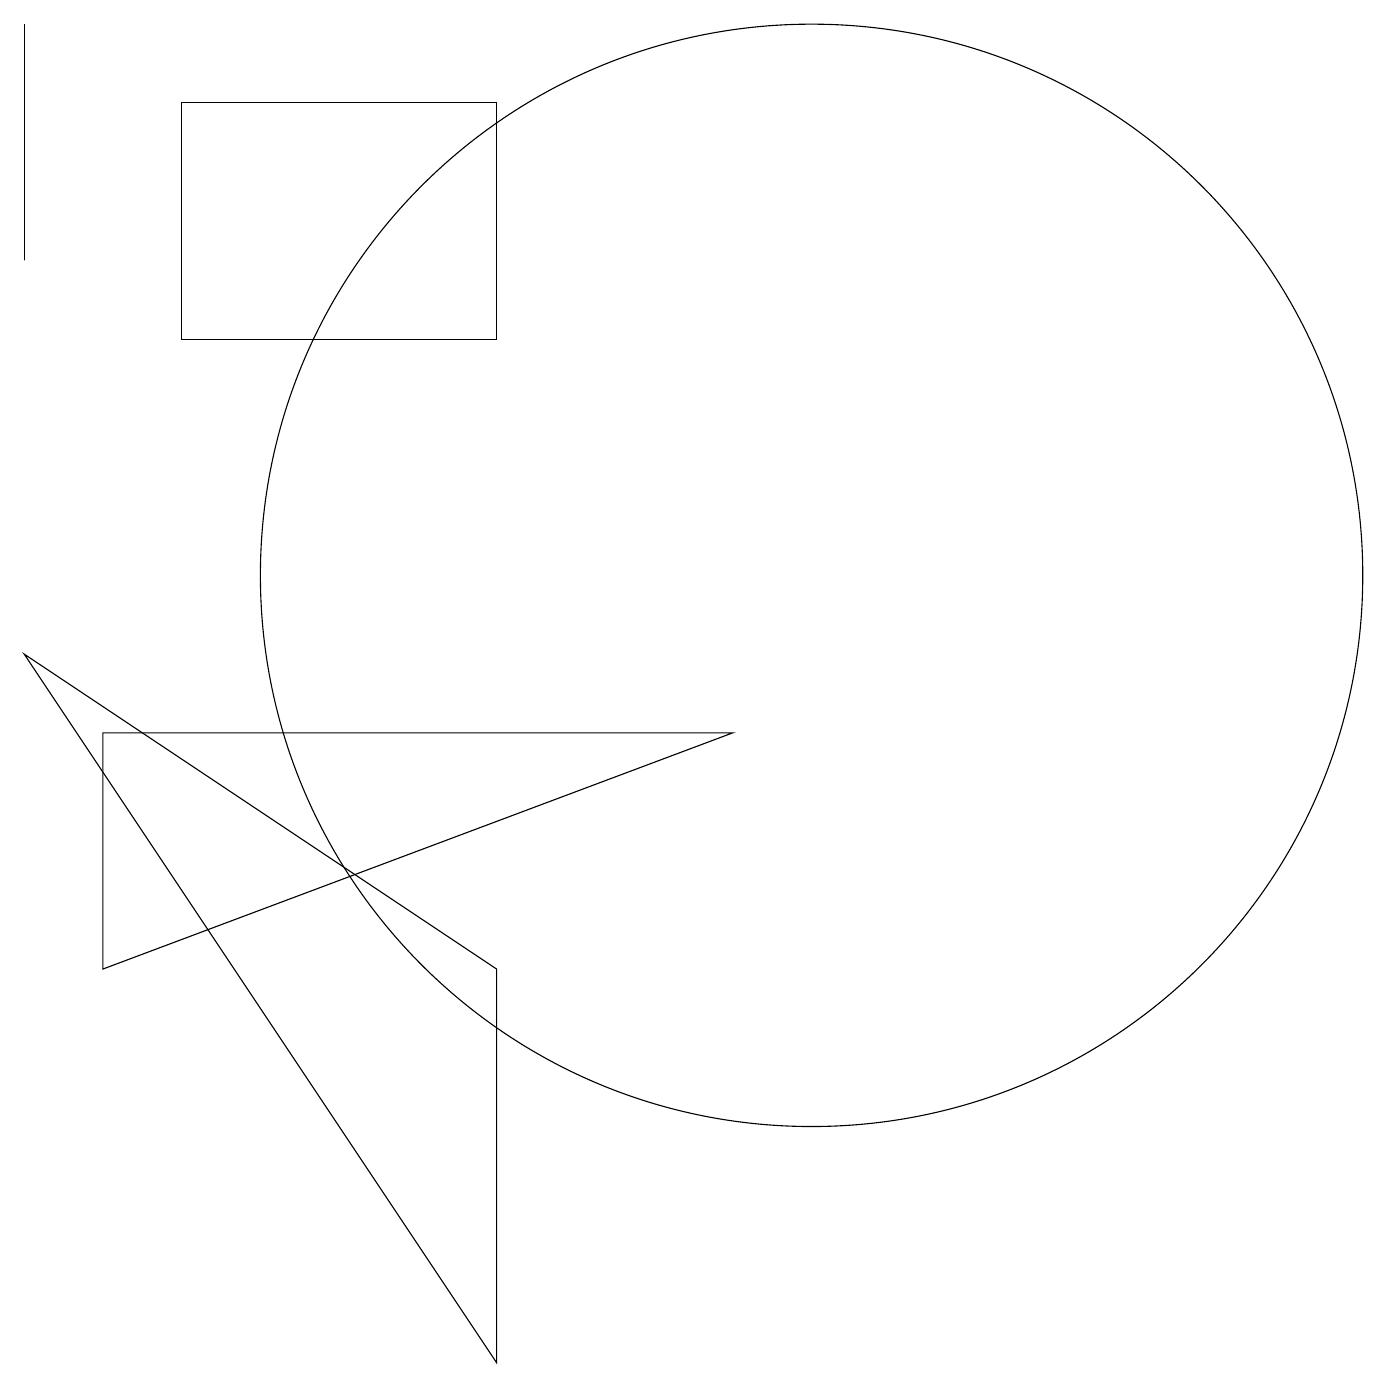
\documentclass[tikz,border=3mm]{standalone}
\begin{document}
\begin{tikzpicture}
\draw (1,5) -- (9,8) -- (1,8) -- cycle;
\draw (2,16) rectangle (6,13);
\draw (6,0) -- (6,5) -- (0,9) -- cycle;
\draw (0,14) rectangle (0,17);
\draw (10,10) circle (7);
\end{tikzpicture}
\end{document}